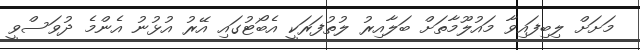
މަށަށް ލިބިފައިވާ މައުލޫމާތަށް ބަލާއިރު ލުތުފަރަކީ އެބޯޓުގައި އޭރު އުޅުނު އެންމެ ދުވަސްވީ